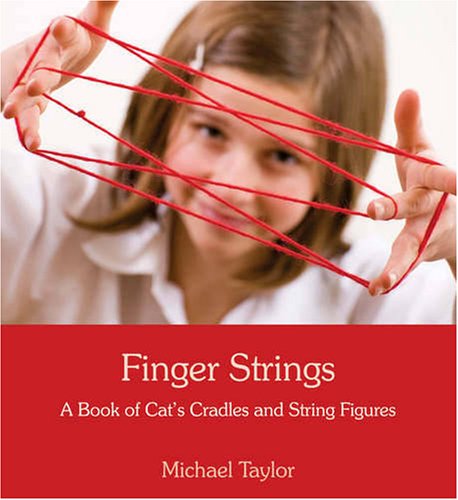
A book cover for Finger Strings a Book of Cats Cradles and String Figures; Michael Taylor; Parenting & Relationships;